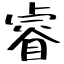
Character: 睿